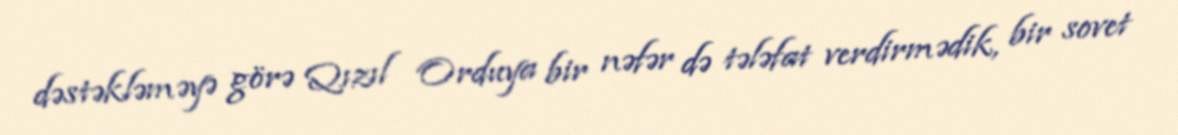
dəstəkləməyə görə Qızıl Orduya bir nəfər də tələfat verdirmədik, bir sovet